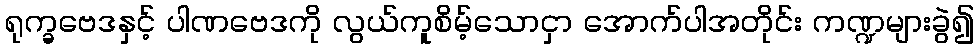
ရုက္ခဗေဒနှင့် ပါဏဗေဒကို လွယ်ကူစိမ့်သောငှာ အောက်ပါအတိုင်း ကဏ္ဍများခွဲ၍